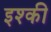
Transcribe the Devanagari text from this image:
इश्की